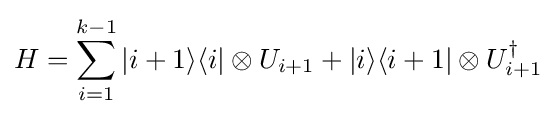
H=\sum _{i=1}^{k-1}|i+1\rangle \langle i|\otimes U_{i+1}+|i\rangle \langle i+1|\otimes U_{i+1}^{\dagger }